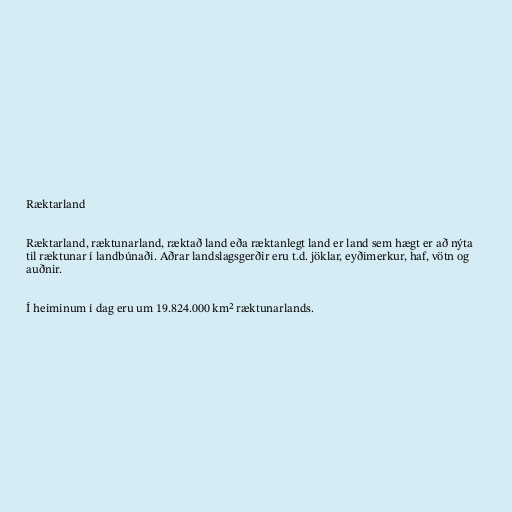
Ræktarland

Ræktarland, ræktunarland, ræktað land eða ræktanlegt land er land sem hægt er að nýta
til ræktunar í landbúnaði. Aðrar landslagsgerðir eru t.d. jöklar, eyðimerkur, haf, vötn og
auðnir.

Í heiminum í dag eru um 19.824.000 km² ræktunarlands.